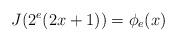
LaTeX: \begin{align*}J(2^e(2x+1))=\phi_e(x)\end{align*}